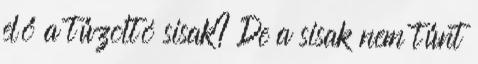
elő a tűzoltó sisak? De a sisak nem tűnt